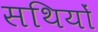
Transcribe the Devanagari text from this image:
सथियों